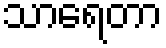
သာရေတာ